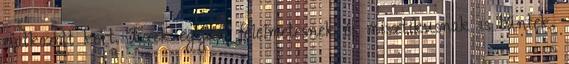
elátkozott kert. Ezek egyben félelmetesnek és misztikusnak is tűntek,